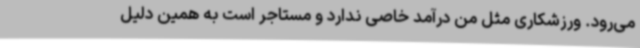
می‌رود. ورزشکاری مثل من درآمد خاصی ندارد و مستاجر است به همین دلیل